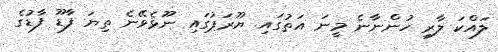
ލައްކަ ލާރި ހުންނާނެ މީނަ އަތުގައި. ޔޫރަޕުގައި ނޫޅެވޭނެ ތިޔަ ފާޑޫ ފާޑުގެ